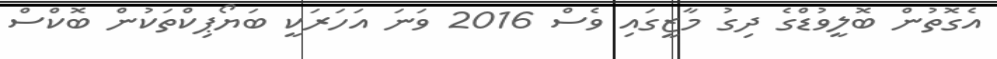
އެގޮތުން ބޮލީވުޑްގެ ދިގު މާޒީގައި ވެސް 2016 ވަނަ އަހަރަކީ ބަޔޯޕިކްތަކުން ބޮކްސް